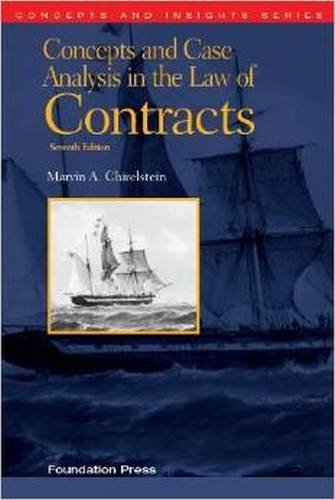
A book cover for Concepts and Case Analysis in the Law of Contracts (Concepts and Insights); Marvin Chirelstein; Law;